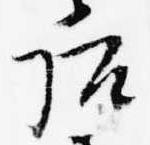
后